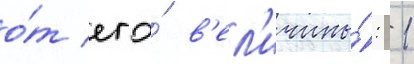
о́т его́ в'ел'ичины́: 1